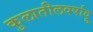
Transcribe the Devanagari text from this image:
कुलातीलवर्षायू